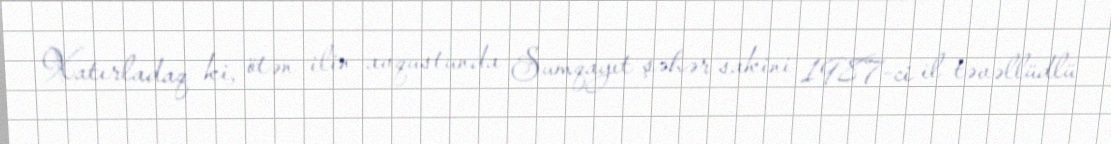
Xatırladaq ki, ötən ilin avqustunda Sumqayıt şəhər sakini 1987-ci il təvəllüdlü